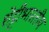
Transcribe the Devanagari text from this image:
शेट्टीभारतीय